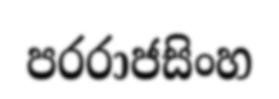
පරරාජසිංහ